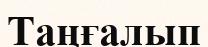
Таңғалып